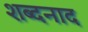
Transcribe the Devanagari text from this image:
शब्दनाद